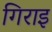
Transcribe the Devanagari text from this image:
गिराइ